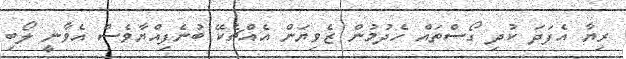
ރިޔާ އެފަދަ ކުދި ގޯސްތައް ހެދުމުން ޒެވިޔަން އެއްޗެކޭ ބުނެފިއްޔާވެސް އެވާނީ ލޯބި